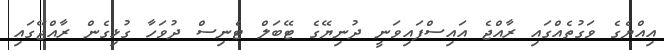
އިއްޔެގެ ވަގުތެއްގައި ރާއްޖެ އައިސްފައިވަނީ ދުނިޔޭގެ ޓޭބަލް ޓެނިސް ދުވަހާ ގުޅިގެން ރާއްޖޭގައި